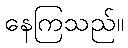
နေကြသည်။